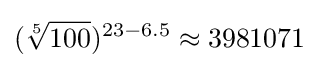
({\sqrt[{5}]{100}})^{23-6.5}\approx 3981071